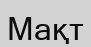
Мақт